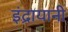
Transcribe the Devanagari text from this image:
इंद्रायानी